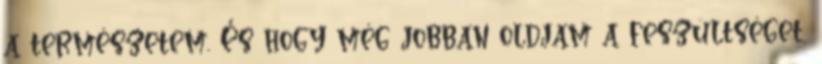
a természetem. És hogy még jobban oldjam a feszültséget,